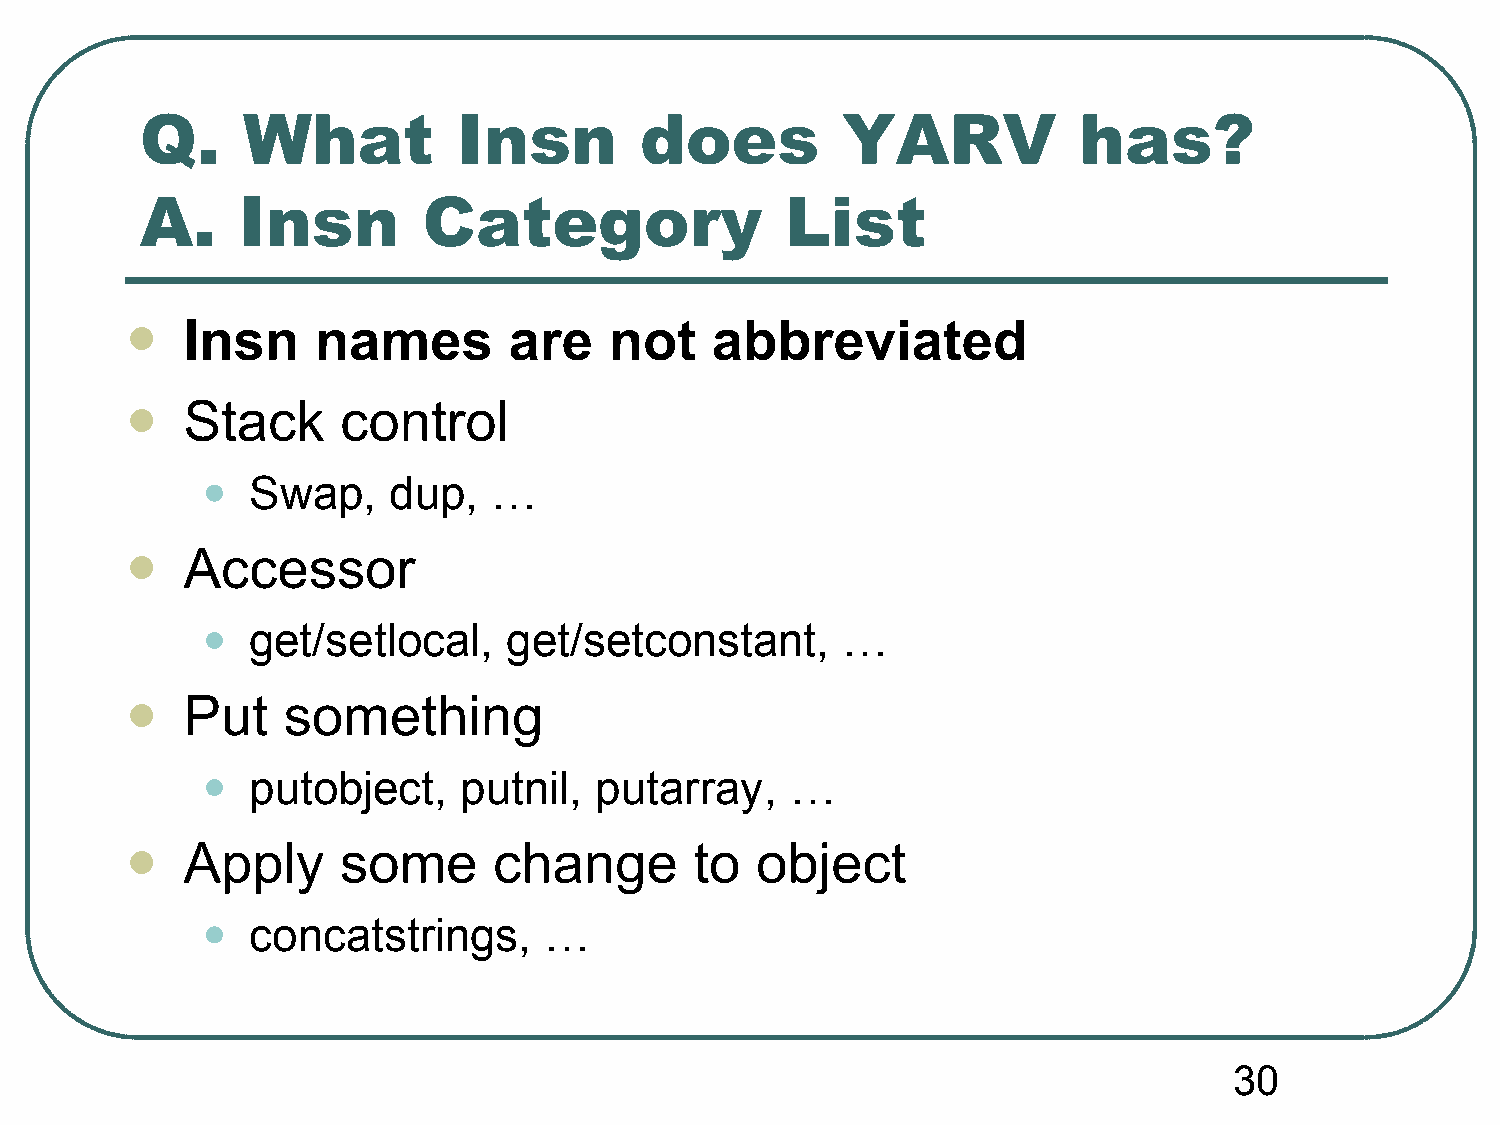
Q.     What          Insn        does          YARV           has?
 A.     Insn        Category                List
 Insn     names        are   not    abbreviated
 
 Stack      control
 
 •
 Swap,     dup,   …
 Accessor
 
 •
 get/setlocal,     get/setconstant,      …
 Put    something
 
 •
 putobject,    putnil,  putarray,    …
 Apply      some      change       to  object
 
 •
 concatstrings,      …
 30